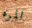
المره